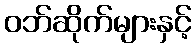
ဝဘ်ဆိုက်များနှင့်